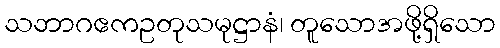
သဘာဂဧကဥတုသမုဋ္ဌာနံ၊ တူသောအဖို့ရှိသော